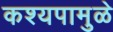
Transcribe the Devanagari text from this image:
कश्यपामुळे